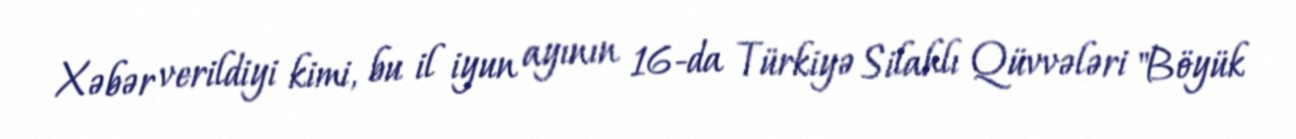
Xəbər verildiyi kimi, bu il iyun ayının 16-da Türkiyə Silahlı Qüvvələri "Böyük